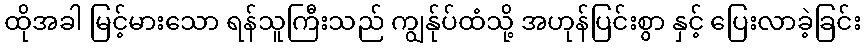
ထိုအခါ မြင့်မားသော ရန်သူကြီးသည် ကျွန်ုပ်ထံသို့ အဟုန်ပြင်းစွာ နှင့် ပြေးလာခဲ့ခြင်း